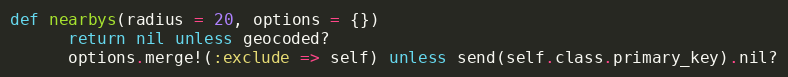
Language: Ruby
def nearbys(radius = 20, options = {})
      return nil unless geocoded?
      options.merge!(:exclude => self) unless send(self.class.primary_key).nil?